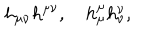
LaTeX: h _ { \mu \nu } h ^ { \mu \nu } , \quad h _ { \mu } ^ { \mu } h _ { \nu } ^ { \nu } ,